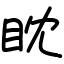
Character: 眈